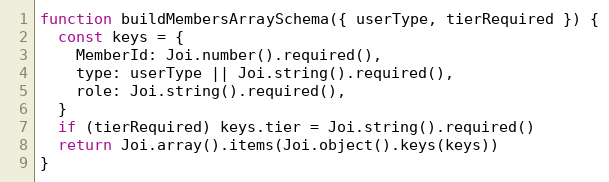
Language: JavaScript
function buildMembersArraySchema({ userType, tierRequired }) {
  const keys = {
    MemberId: Joi.number().required(),
    type: userType || Joi.string().required(),
    role: Joi.string().required(),
  }
  if (tierRequired) keys.tier = Joi.string().required()
  return Joi.array().items(Joi.object().keys(keys))
}